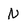
Character: N